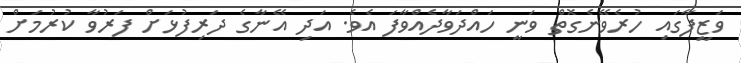
ވަޒީފާގައި ހުރެވޭނެގޮތް ވަނީ ހައްދަވާދެއްވާފަ އެވެ. އަދި އޭނާގެ ދަރިފުޅަށް ފަރުވާ ކުރުމަށް